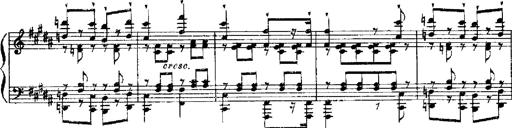
Title: RÃ©miniscences de Robert le diable
Composer: Franz Liszt